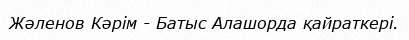
Жәленов Кәрім - Батыс Алашорда қайраткері.